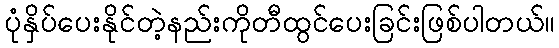
ပုံနှိပ်ပေးနိုင်တဲ့နည်းကိုတီထွင်ပေးခြင်းဖြစ်ပါတယ်။